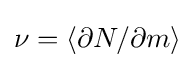
\nu =\langle \partial N/\partial m\rangle